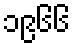
၁၉၆၆